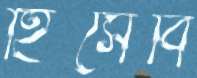
হিসেবি